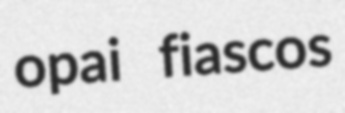
opai fiascos